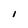
Character: I